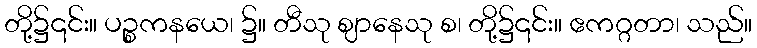
တို့၌၎င်း။ ပဉ္စကနယေ၊ ၌။ တီသု ဈာနေသု စ၊ တို့၌၎င်း။ ဧကဂ္ဂတာ၊ သည်။